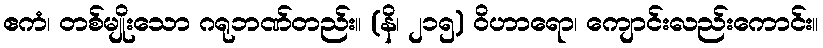
ဧကံ၊ တစ်မျိုးသော ဂရုဘဏ်တည်း။ (နိ၊ ၂၁၅) ဝိဟာရော၊ ကျောင်းလည်းကောင်း။